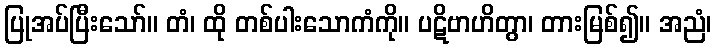
ပြုအပ်ပြီးသော်။ တံ၊ ထို တစ်ပါးသောကံကို။ ပဋိဗာဟိတွာ၊ တားမြစ်၍။ အညံ၊